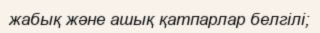
жабық және ашық қатпарлар белгілі;